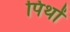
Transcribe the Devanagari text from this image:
पिथों